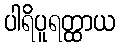
ပါရိပူရတ္ထာယ